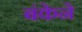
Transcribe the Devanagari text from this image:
बंकेने